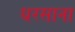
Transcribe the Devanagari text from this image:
धरसाना